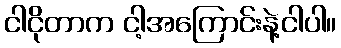
ငါငိုတာက ငါ့အကြောင်းနဲ့ငါပါ။